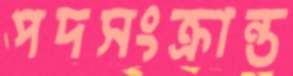
পদসংক্রান্ত